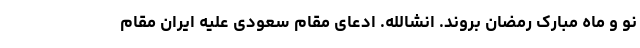
نو و ماه مبارک رمضان بروند. انشالله. ادعای مقام سعودی علیه ایران مقام